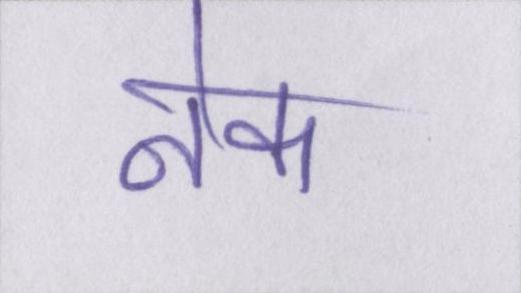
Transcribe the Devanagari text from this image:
नेक